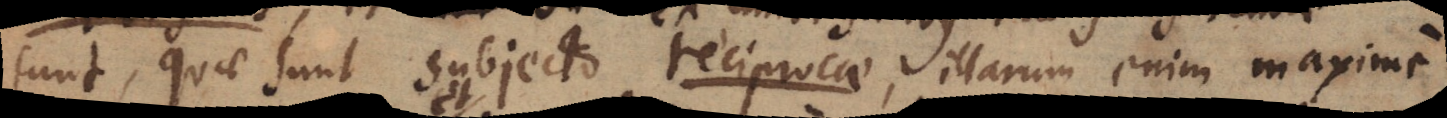
sunt, quae sunt subjecto reciprocae, illarum enim maxime